Indian journal of veterinary science and animal husbandry - Volume 7,
Year: 1937
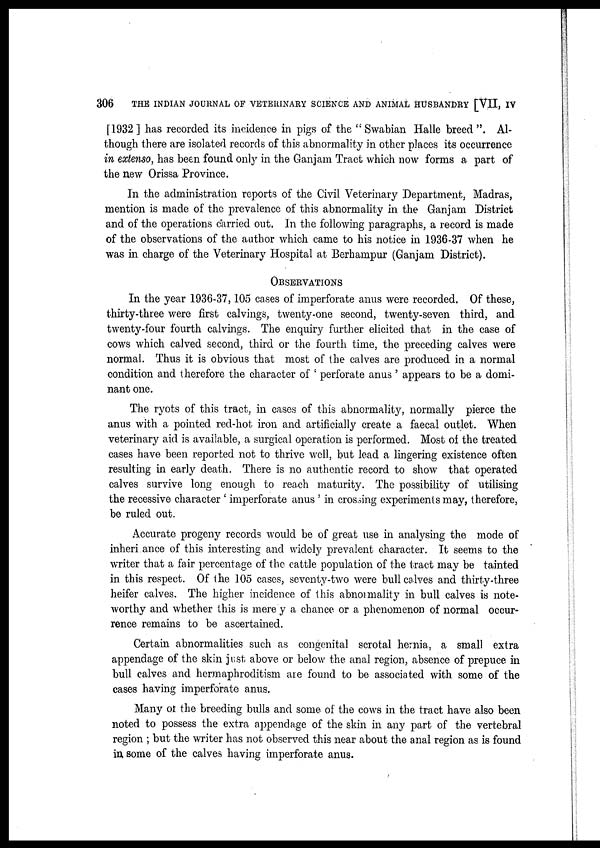
306
THE INDIAN JOURNAL OF VETERINARY SCIENCE AND ANIMAL HUSBANDRY [VII, IV
[1932 ] has recorded its incidence in pigs of the " Swabian Halle breed ". Al-
though there are isolated records of this abnormality in other places its occurrence
in extenso, has been found only in the Ganjam Tract which now forms a part of
the new Orissa Province.
In the administration reports of the Civil Veterinary Department, Madras,
mention is made of the prevalence of this abnormality in the Ganjam District
and of the operations carried out. In the following paragraphs, a record is made
of the observations of the author which came to his notice in 1936-37 when he
was in charge of the Veterinary Hospital at Berhampur (Ganjam District).
OBSERVATIONS
In the year 1936-37,105 cases of imperforate anus were recorded. Of these,
thirty-three were first calvings, twenty-one second, twenty-seven third, and
twenty-four fourth calvings. The enquiry further elicited that in the case of
cows which calved second, third or the fourth time, the preceding calves were
normal. Thus it is obvious that most of the calves are produced in a normal
condition and therefore the character of ' perforate anus ' appears to be a domi-
nant one.
The ryots of this tract, in cases of this abnormality, normally pierce the
anus with a pointed red-hot iron and artificially create a faecal outlet. When
veterinary aid is available, a surgical operation is performed. Most of the treated
cases have been reported not to thrive well, but lead a lingering existence often
resulting in early death. There is no authentic record to show that operated
calves survive long enough to reach maturity. The possibility of utilising
the recessive character ' imperforate anus ' in crossing experiments may, therefore,
be ruled out.
Accurate progeny records would be of great use in analysing the mode of
inheri ance of this interesting and widely prevalent character. It seems to the
writer that a fair percentage of the cattle population of the tract may be tainted
in this respect. Of the 105 cases, seventy-two were bull calves and thirty-three
heifer calves. The higher incidence of this abnormality in bull calves is note-
worthy and whether this is mere y a chance or a phenomenon of normal occur-
rence remains to be ascertained.
Certain abnormalities such as congenital scrotal hernia, a small extra
appendage of the skin just above or below the anal region, absence of prepuce in
bull calves and hermaphroditism are found to be associated with some of the
cases having imperforate anus.
Many of the breeding bulls and some of the cows in the tract have also been
noted to possess the extra appendage of the skin in any part of the vertebral
region ; but the writer has not observed this near about the anal region as is found
in some of the calves having imperforate anus.